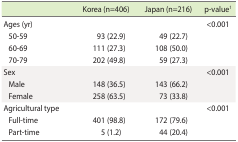
|  | Korea (n=406) | Japan (n=216) | p-value1 |
 | --- | --- | --- | --- |
 | Ages (yr) |  |  | <0.001 |
 | 50-59 | 93 (22.9) | 49 (22.7) |  |
 | 60-69 | 111 (27.3) | 108 (50.0) |  |
 | 70-79 | 202 (49.8) | 59 (27.3) |  |
 | Sex |  |  | <0.001 |
 | Male | 148 (36.5) | 143 (66.2) |  |
 | Female | 258 (63.5) | 73 (33.8) |  |
 | Agricultural type |  |  | <0.001 |
 | Full-time | 401 (98.8) | 172 (79.6) |  |
 | Part-time | 5 (1.2) | 44 (20.4) |  |